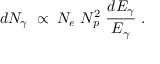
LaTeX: d N _ { \gamma } \; \propto \; N _ { e } \; N _ { p } ^ { 2 } \; { \frac { d E _ { \gamma } } { E _ { \gamma } } } \ .